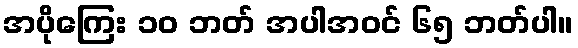
အပိုကြေး ၁၀ ဘတ် အပါအဝင် ၆၅ ဘတ်ပါ။